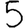
Digit: 5